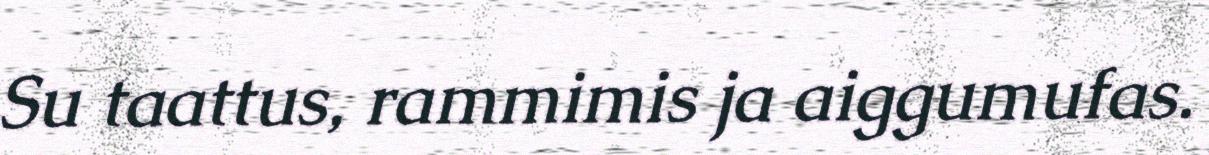
Su taattus, rammimis ja aiggumufas.